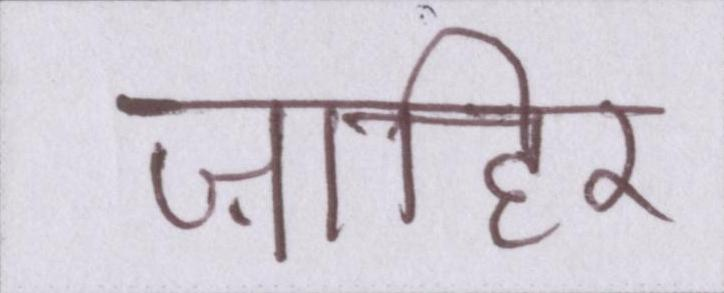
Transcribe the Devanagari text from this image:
ज़ाहिर